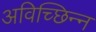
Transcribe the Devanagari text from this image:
अविच्छिन्‍न